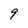
Character: 9